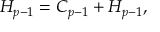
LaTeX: { \cal H } _ { p - 1 } = C _ { p - 1 } + H _ { p - 1 } ,